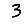
Digit: 3